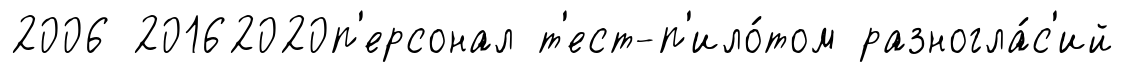
2006 20162020п'ерсонал т'ест-п'ило́том разногла́с'ий